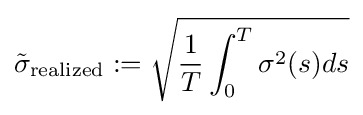
{\tilde {\sigma }}_{\text{realized}}:={\sqrt {{\frac {1}{T}}\int _{0}^{T}\sigma ^{2}(s)ds}}